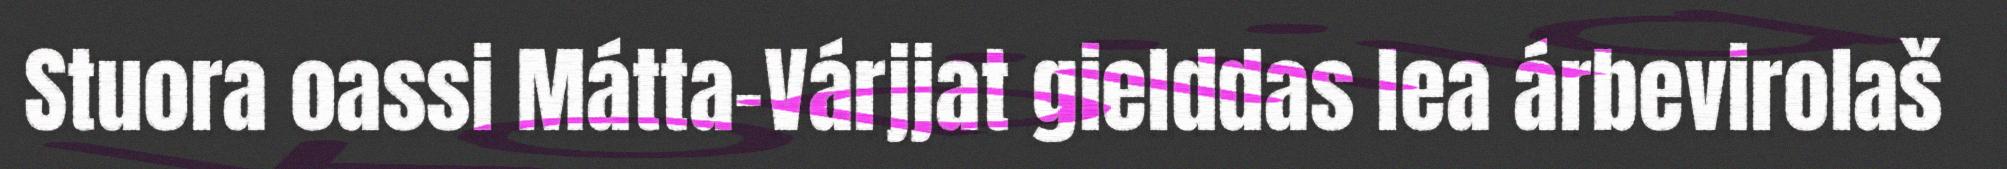
Stuora oassi Mátta-Várjjat gielddas lea árbevirolaš